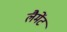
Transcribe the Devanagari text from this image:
लैमेंट